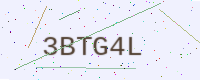
Text: 3BTG4L